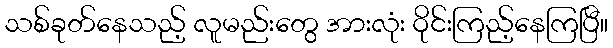
သစ်ခုတ်နေသည့် လူမည်းတွေ အားလုံး ဝိုင်းကြည့်နေကြပြီ။